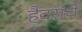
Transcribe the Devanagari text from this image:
हैदरांचे